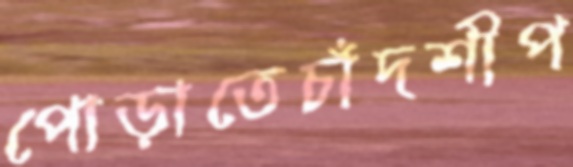
পোড়াতেচাঁদশীপ